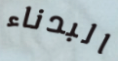
البدناء